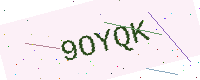
Text: 9OYQK